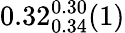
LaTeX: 0.32_{0.34}^{0.30}(1)